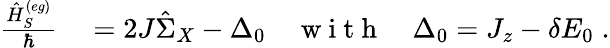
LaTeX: \begin{array}{rl}{\frac{\hat{H}_{S}^{(eg)}}{\hbar}}&{{}=2J\hat{\Sigma}_{X}-\Delta_{0}\quad\mathrm{~w~i~t~h~}\quad\Delta_{0}=J_{z}-\delta E_{0}\; .}\end{array}